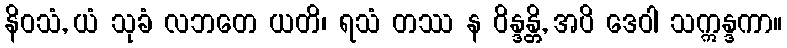
နိဝသံ, ယံ သုခံ လဘတေ ယတိ၊ ရသံ တဿ န ဝိန္ဒန္တိ, အပိ ဒေဝါ သဣန္ဒကာ။